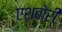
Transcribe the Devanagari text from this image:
एशबोरी